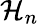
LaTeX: \mathcal{H}_{n}